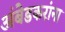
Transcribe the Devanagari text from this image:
अंबेडकरांना